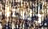
حسنا